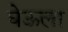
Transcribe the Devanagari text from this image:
घेऊला